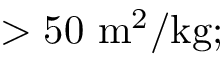
> 5 0 ~ \mathrm { m } ^ { 2 } / \mathrm { k g } ;